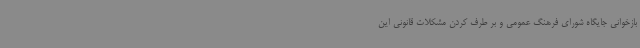
بازخوانی جایگاه شورای فرهنگ عمومی و بر طرف کردن مشکلات قانونی این